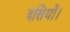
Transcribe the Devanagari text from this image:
दसियों।